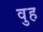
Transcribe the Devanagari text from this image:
वुह